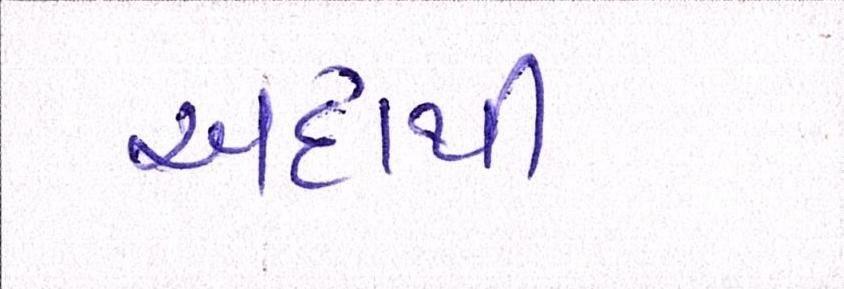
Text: અદાથી